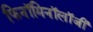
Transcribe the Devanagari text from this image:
फिनॉमिनॉलॉजी